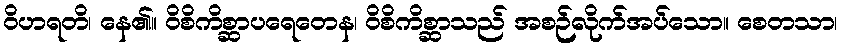
ဝိဟရတိ၊ နေ၏။ ဝိစိကိစ္ဆာပရေတေန၊ ဝိစိကိစ္ဆာသည် အစဉ်လိုက်အပ်သော။ စေတသာ၊